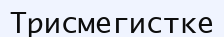
Трисмегистке